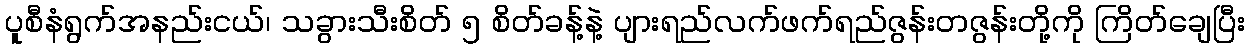
ပူစီနံရွက်အနည်းငယ်၊ သခွားသီးစိတ် ၅ စိတ်ခန့်နဲ့ ပျားရည်လက်ဖက်ရည်ဇွန်းတဇွန်းတို့ကို ကြိတ်ချေပြီး